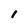
Character: 1